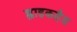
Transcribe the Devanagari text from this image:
ह्वाइकहैड